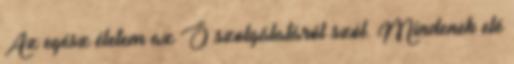
Az egész életem az Ő szolgálatáról szól. Mindenek elé